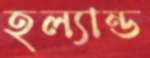
হল্যান্ড